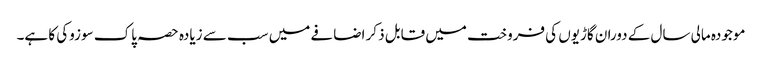
موجودہ مالی سال کے دوران گاڑیوں کی فروخت میں قابل ذکر اضافے میں سب سے زیادہ حصہ پاک سوزوکی کا ہے۔